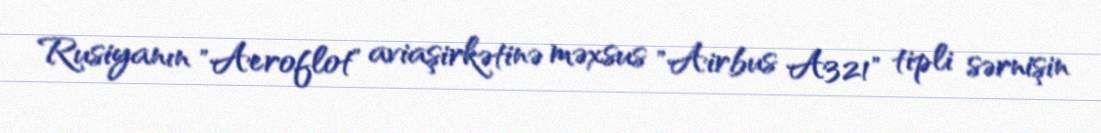
Rusiyanın "Aeroflot" aviaşirkətinə məxsus "Airbus A321" tipli sərnişin